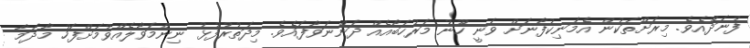
ފުނަދޫއެވެ. މިރަށްތަކުން އެމަނިކުފާނަށް ވަނީ ހޫނު މަރުހަބާއެއް ދަންނަވާފައެވެ. މިދަތުރުފުޅު ނިންމަވާލެއްވުމަށްފަހު މާދަމާ